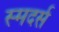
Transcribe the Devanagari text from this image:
स्मदर्स